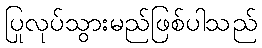
ပြုလုပ်သွားမည်ဖြစ်ပါသည်